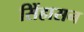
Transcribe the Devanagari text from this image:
सिेंहासन